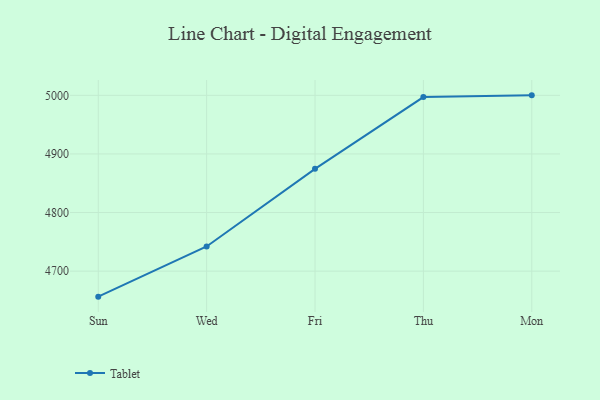
{"axis": {"x": "Day", "y": "Operating Costs (USD K)"}, "legend": ["Tablet"], "data": [{"x": "Sun", "y": 4656.4, "type": "Tablet"}, {"x": "Wed", "y": 4742.0, "type": "Tablet"}, {"x": "Fri", "y": 4874.5, "type": "Tablet"}, {"x": "Thu", "y": 4997.0, "type": "Tablet"}, {"x": "Mon", "y": 5000, "type": "Tablet"}]}